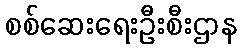
စစ်ဆေးရေးဦးစီးဌာန